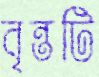
বৃন্তটি